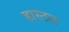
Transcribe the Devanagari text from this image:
हास्‍टल